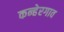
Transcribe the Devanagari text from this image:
कन्हेरगाव